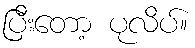
ပြီးတော့ ပုလိပ်။